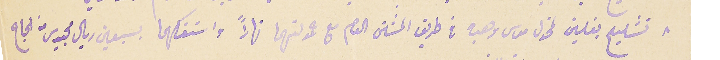
٨ تشليج بغلين لمخول موسى وهبه فى طريق المشتى العام مع حمولتهما نهاراً واستفكهما بسبعين ريال مجيدى من الحاج